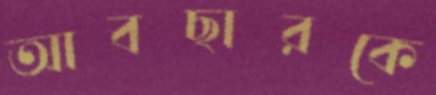
আবছারকে